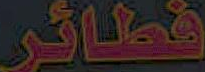
فطائر